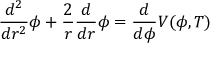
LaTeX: { \frac { d ^ { 2 } } { d r ^ { 2 } } } \phi + { \frac { 2 } { r } } { \frac { d } { d r } } \phi = { \frac { d } { d \phi } } V ( \phi , T )